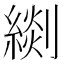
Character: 𦃖